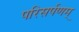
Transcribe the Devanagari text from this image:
परिसर्पणम्